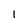
Character: 1